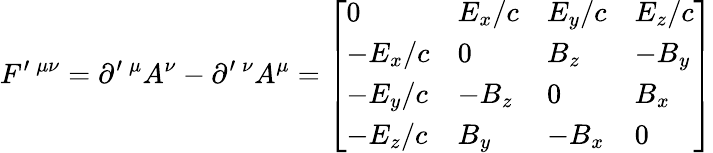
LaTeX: F^{\prime}\, ^{\mu\nu}=\partial^{\prime}\, ^{\mu}A^{\nu}-\partial^{\prime}\, ^{\nu}A^{\mu}={\left[\begin{array}{llll}{0}&{E_{x}/c}&{E_{y}/c}&{E_{z}/c}\\ {-E_{x}/c}&{0}&{B_{z}}&{-B_{y}}\\ {-E_{y}/c}&{-B_{z}}&{0}&{B_{x}}\\ {-E_{z}/c}&{B_{y}}&{-B_{x}}&{0}\end{array}\right]}